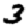
Digit: 3